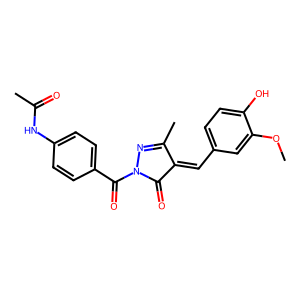
SMILES: COc1cc(C=C2C(=O)N(C(=O)c3ccc(NC(C)=O)cc3)N=C2C)ccc1O
Inhibits HIV replication: No